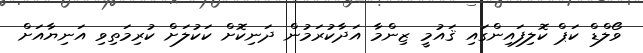
ވޯލްޑް ކަޕް ކޮލިފައިންގައި ޤައުމީ ޒިންމާ އަދާކުރަމުން ދަނިކޮށް ކަކުލަށް ކުރިމަތިވި އަނިޔާއަށް